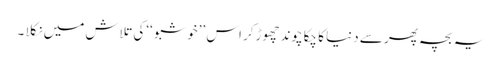
یہ بچہ پھر سے دنیا کا چکاچوند چھوڑکر اس ’’خوشبو ‘‘کی تلاش میں نکلا ۔